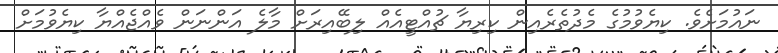
ނައުމަށެވެ. ކިޔެވުމުގެ މެދުތެރެއިން ކިރިޔާ ޗުއްޓީއެއް ލިބޭއިރަށް މާލެ އަންނަން ވެއްޖެއްޔާ ކިޔެވުމަށް